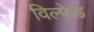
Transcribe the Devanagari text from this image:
विल्फ़ेड